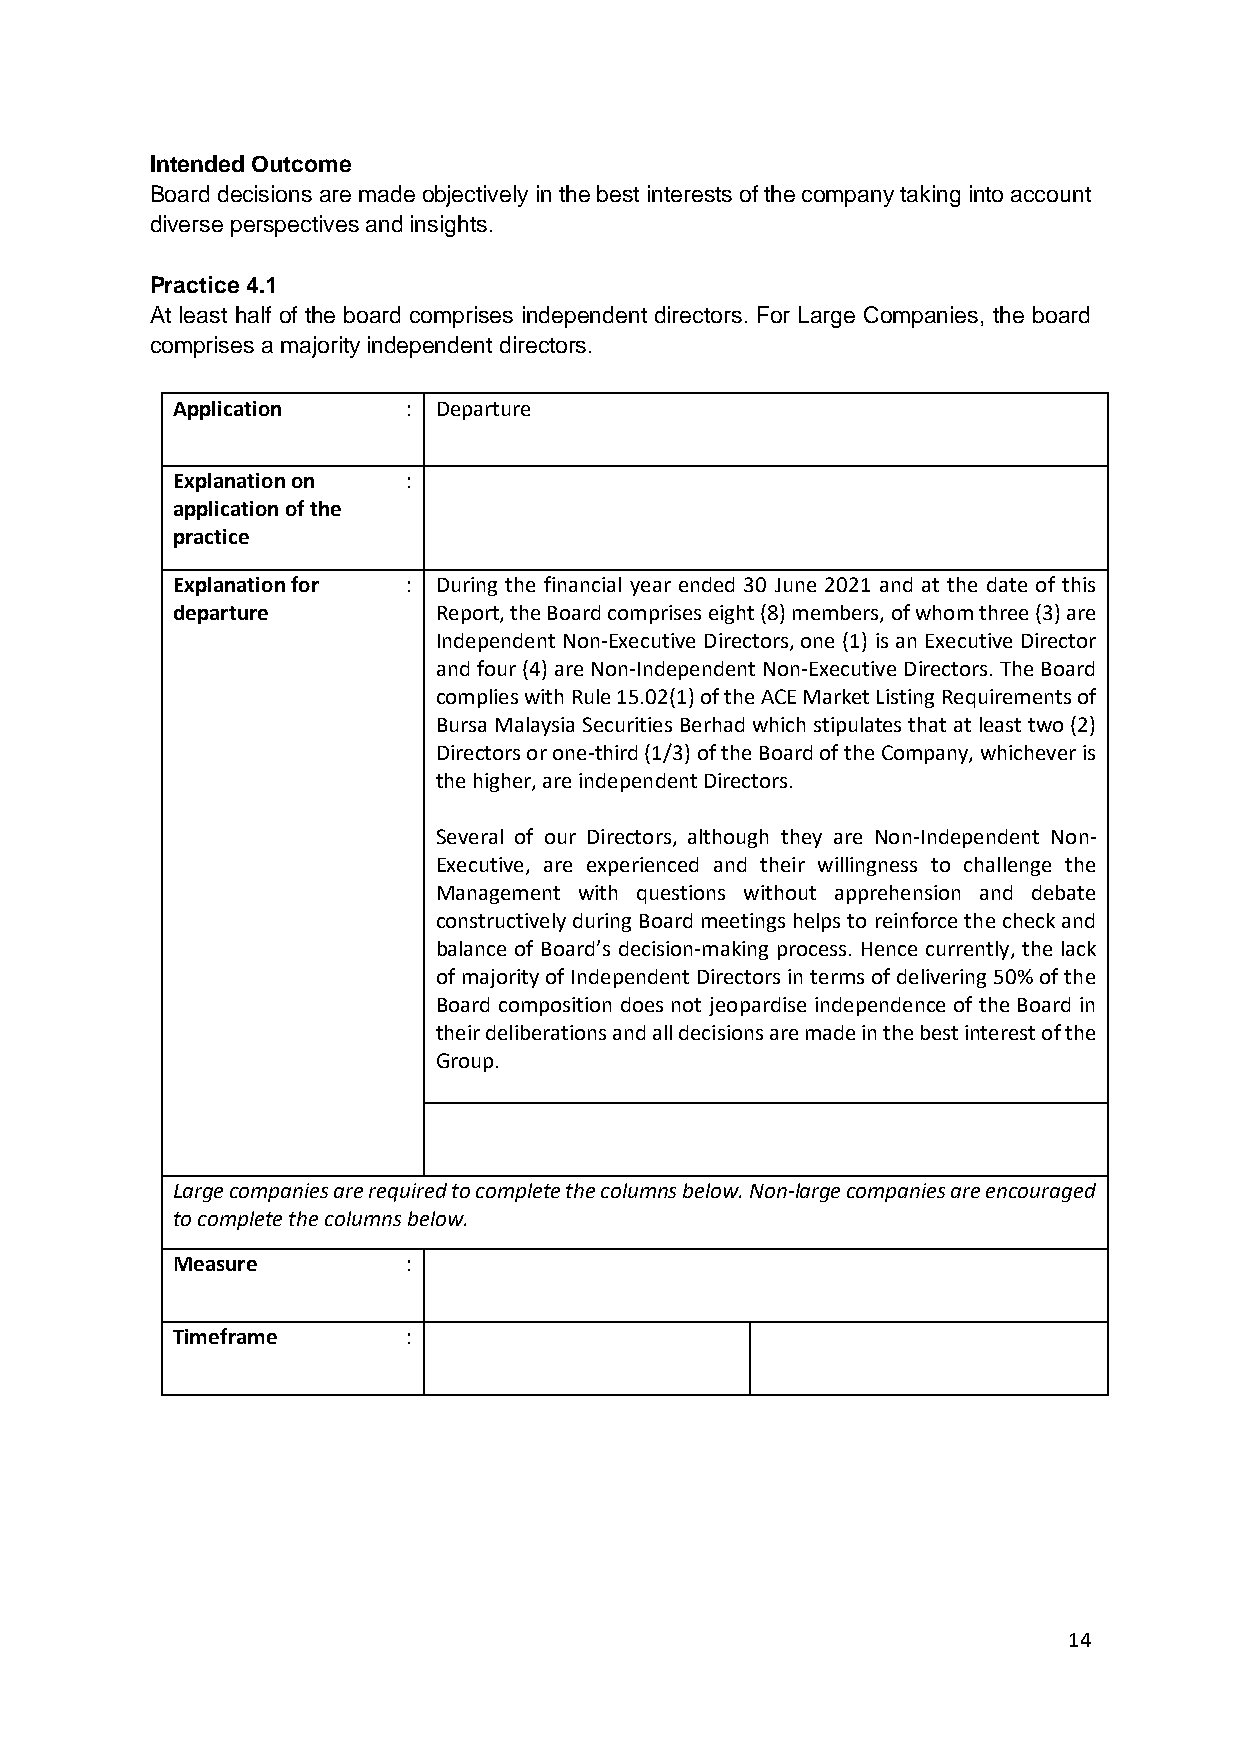
Intended Outcome
 Board decisions are made objectively in the best interests of the company taking into account
 diverse perspectives and insights.
 Practice 4.1
 At least half of the board comprises independent directors. For Large Companies, the board
 comprises a majority independent directors.
 Application     : Departure
 Explanation on  :
 application of the
 practice
 Explanation for : During the financial year ended 30 June 2021 and at the date of this
 departure         Report, the Board comprises eight (8) members, of whom three (3) are
 Independent Non-Executive Directors, one (1) is an Executive Director
 and four (4) are Non-Independent Non-Executive Directors. The Board
 complies with Rule 15.02(1) of the ACE Market Listing Requirements of
 Bursa Malaysia Securities Berhad which stipulates that at least two (2)
 Directors or one-third (1/3) of the Board of the Company, whichever is
 the higher, are independent Directors.
 Several of our Directors, although they are Non-Independent Non-
 Executive, are experienced and their willingness to challenge the
 Management with questions without apprehension and debate
 constructively during Board meetings helps to reinforce the check and
 balance of Board’s decision-making process. Hence currently, the lack
 of majority of Independent Directors in terms of delivering 50% of the
 Board composition does not jeopardise independence of the Board in
 their deliberations and all decisions are made in the best interest of the
 Group.
 Large companies are required to complete the columns below. Non-large companies are encouraged
 to complete the columns below.
 Measure         :
 Timeframe       :
 14